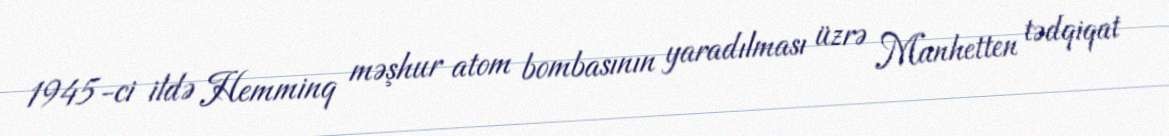
1945-ci ildə Hemminq məşhur atom bombasının yaradılması üzrə Manhetten tədqiqat